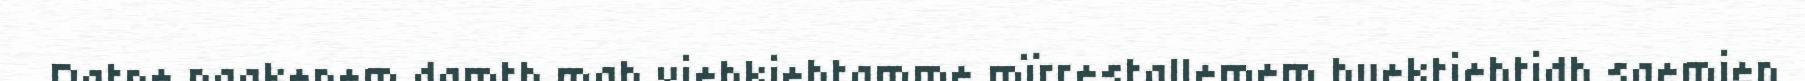
Datne naakenem damth mah viehkiehtamme mïrrestallemem buektiehtidh saemien